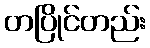
တပြိုင်တည်း